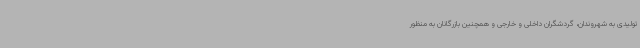
تولیدی به شهروندان، گردشگران داخلی و خارجی و همچنین بازرگانان به منظور